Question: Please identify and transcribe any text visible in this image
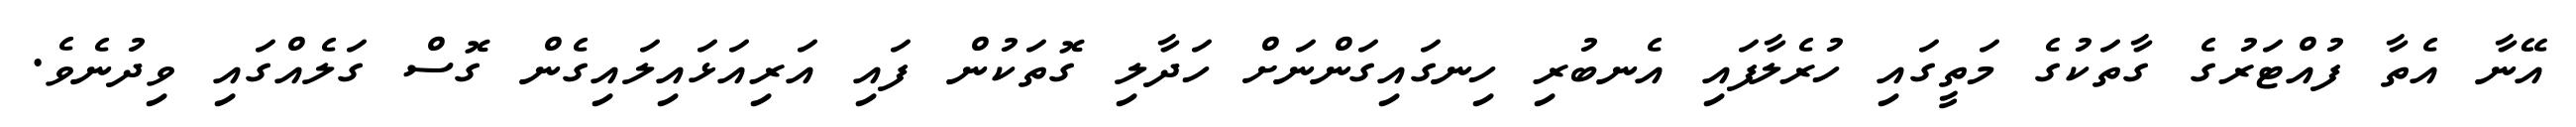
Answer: އޭނާ އެތާ ފުއްޓަރުގެ ގާތަކުގެ މަތީގައި ހުރެލާފައި އެނބުރި ހިނގައިގަންނަށް ހަދާލި ގޮތަކުން ފައި އަރިއަޅައިލައިގެން ގޮސް ގަލެއްގައި ވިދުނެވެ.